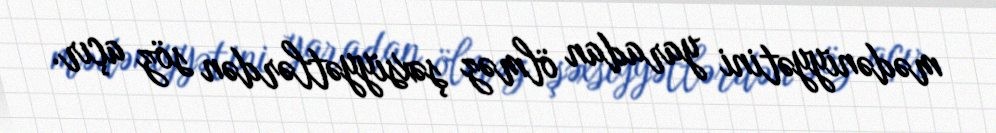
mədəniyyətini yaradan ölməz şəxsiyyətlərdən söz açır.